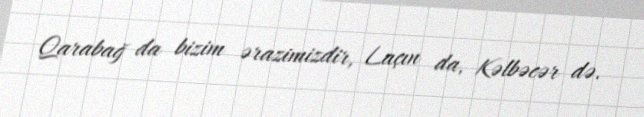
Qarabağ da bizim ərazimizdir, Laçın da, Kəlbəcər də.